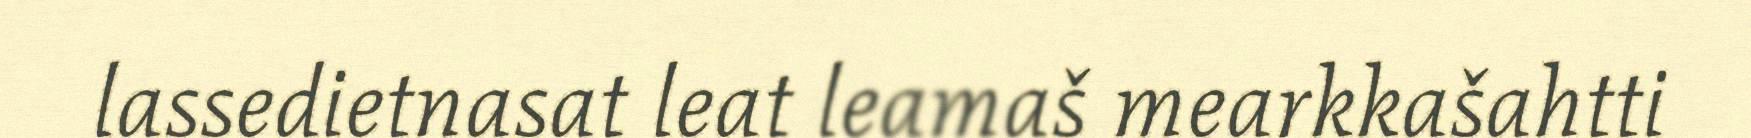
lassedietnasat leat leamaš mearkkašahtti